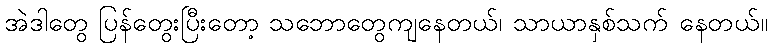
အဲဒါတွေ ပြန်တွေးပြီးတော့ သဘောတွေကျနေတယ်၊ သာယာနှစ်သက် နေတယ်။